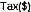
TAX($)